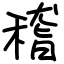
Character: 稽